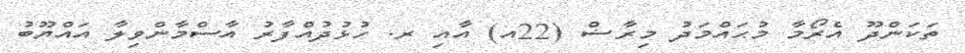
ތަކަންދޫ އެރޯމާ މުޙައްމަދު މިރާޟް (22އ) އާއި ރ. ހުޅުދުއްފާރު އާސްމާންވިލާ އައްޔޫބު